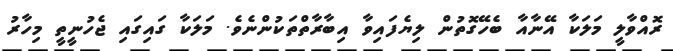
ރޮއްވާލީ މަލަކާ އޭނާއާ ބެހޭގޮތުން ލިޔެފައިވާ އިބާރާތްތަކުންނެވެ. މަލަކާ ގައިގައި ޖެހުނީތީ މިހާރު